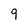
Character: 9